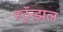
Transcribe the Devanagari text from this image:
स्ट्रॅन्झल